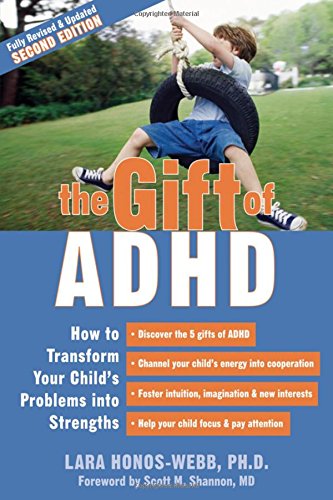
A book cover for The Gift of ADHD: How to Transform Your Child's Problems into Strengths; Lara Honos-Webb; Health, Fitness & Dieting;